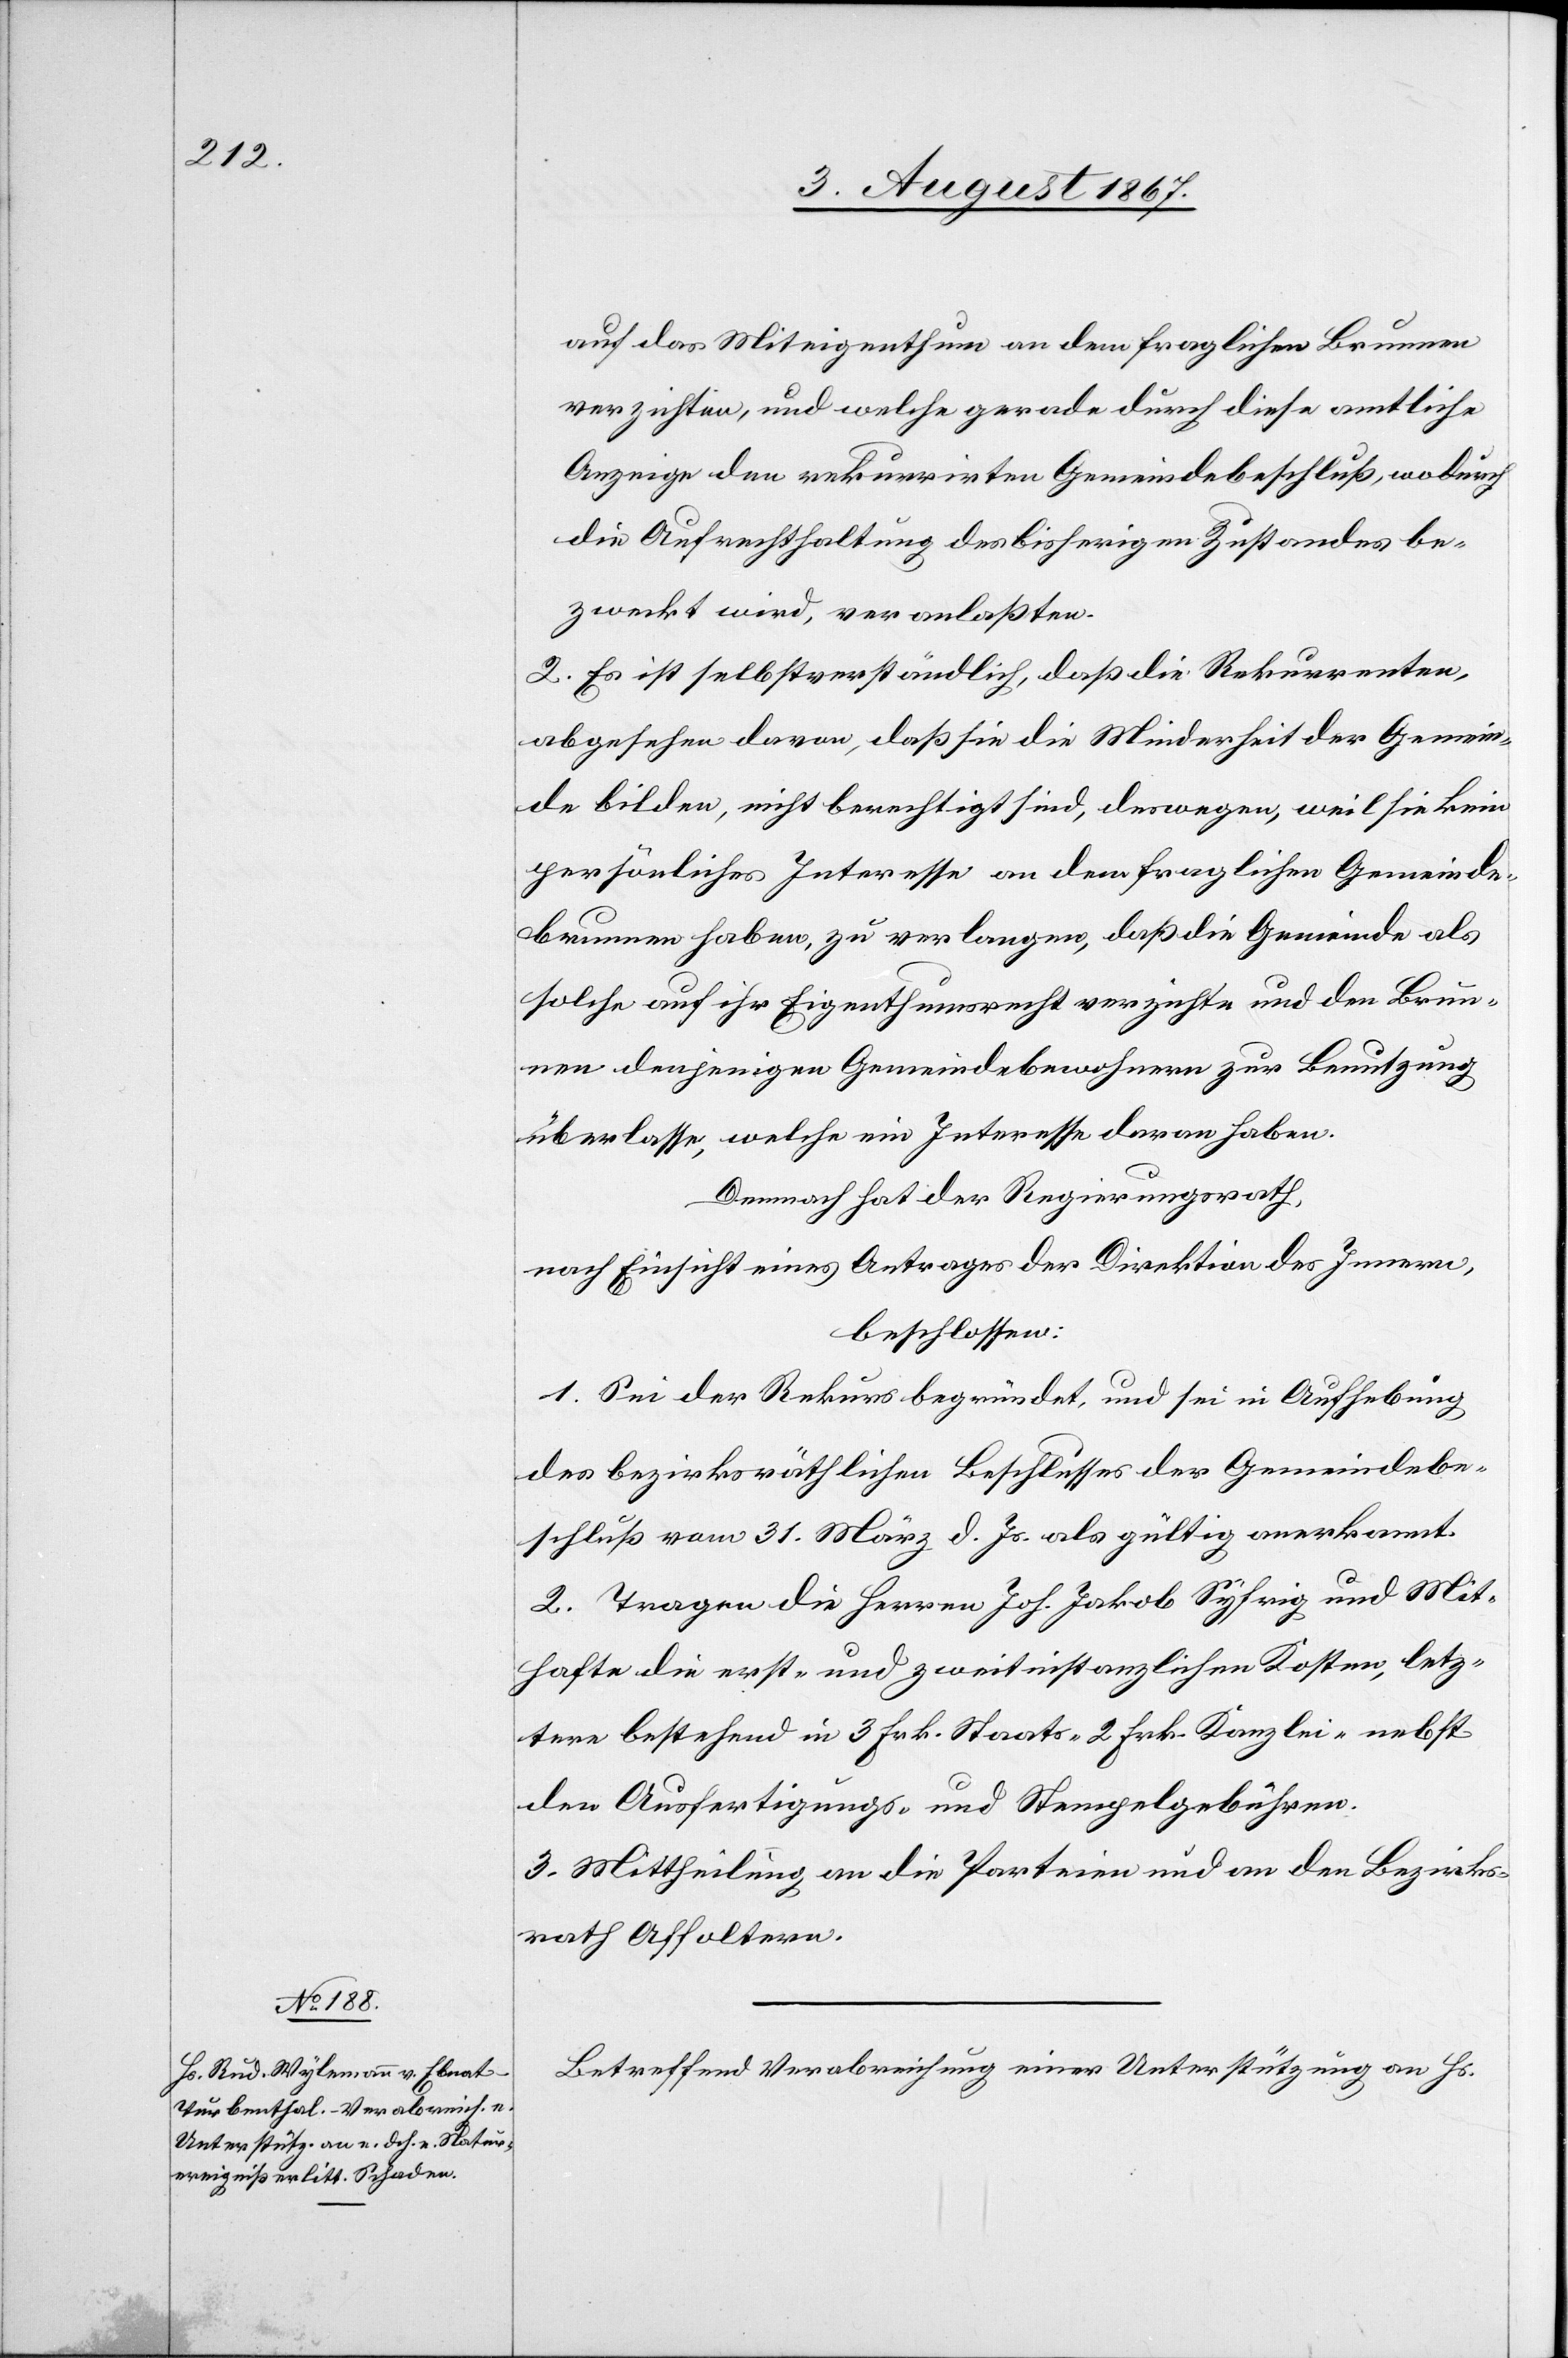
auf das Miteigenthum an dem fraglichen Brunnen
verzichten, und welche gerade durch diese amtliche
Anzeige den rekurrirten Gemeindsbeschluß, wodurch
die Aufrechthaltung des bisherigen Zustandes be¬
zweckt wird, veranlaßten.
2. Es ist selbstverständlich, daß die Rekurrenten
abgesehen davon, daß sie die Minderheit der Gemein¬
de bilden, nicht berechtigt sind, deswegen, weil sie kein
persönliches Interesse an dem fraglichen Gemeinde¬
brunnen haben, zu verlangen, daß die Gemeinde als
solche auf ihr Eigenthumsrecht verzichte und den Brun¬
nen denjenigen Gemeindebewohnern zur Benutzung
überlasse, welche ein Interesse daran haben.
Demnach hat der Regierungsrath,
nach Einsicht eines Antrages der Direktion des Innern,
beschlossen:
1. Sei der Rekurs begründet, und sei in Aufhebung
des bezirksräthlichen Beschlusses der Gemeindebe¬
schluß vom 31. März d. Js. als gültig anerkannt.
2. Tragen die Herren Joh. Jakob Syfrig und Mit¬
hafte die erst- und zweitinstanzlichen Kosten, letz¬
tere bestehend in 3 Frk. Staats-[,] 2 Frk. Kanzlei- nebst
den Ausfertigungs- und Stempelgebühren.
3. Mittheilung an die Parteien und an den Bezirks¬
rath Affoltern.
Betreffend Verabreichung einer Unterstützung an Hs.